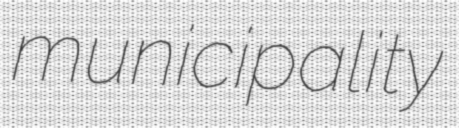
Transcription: municipality